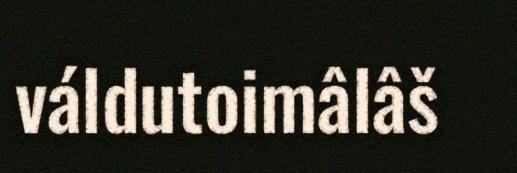
váldutoimâlâš